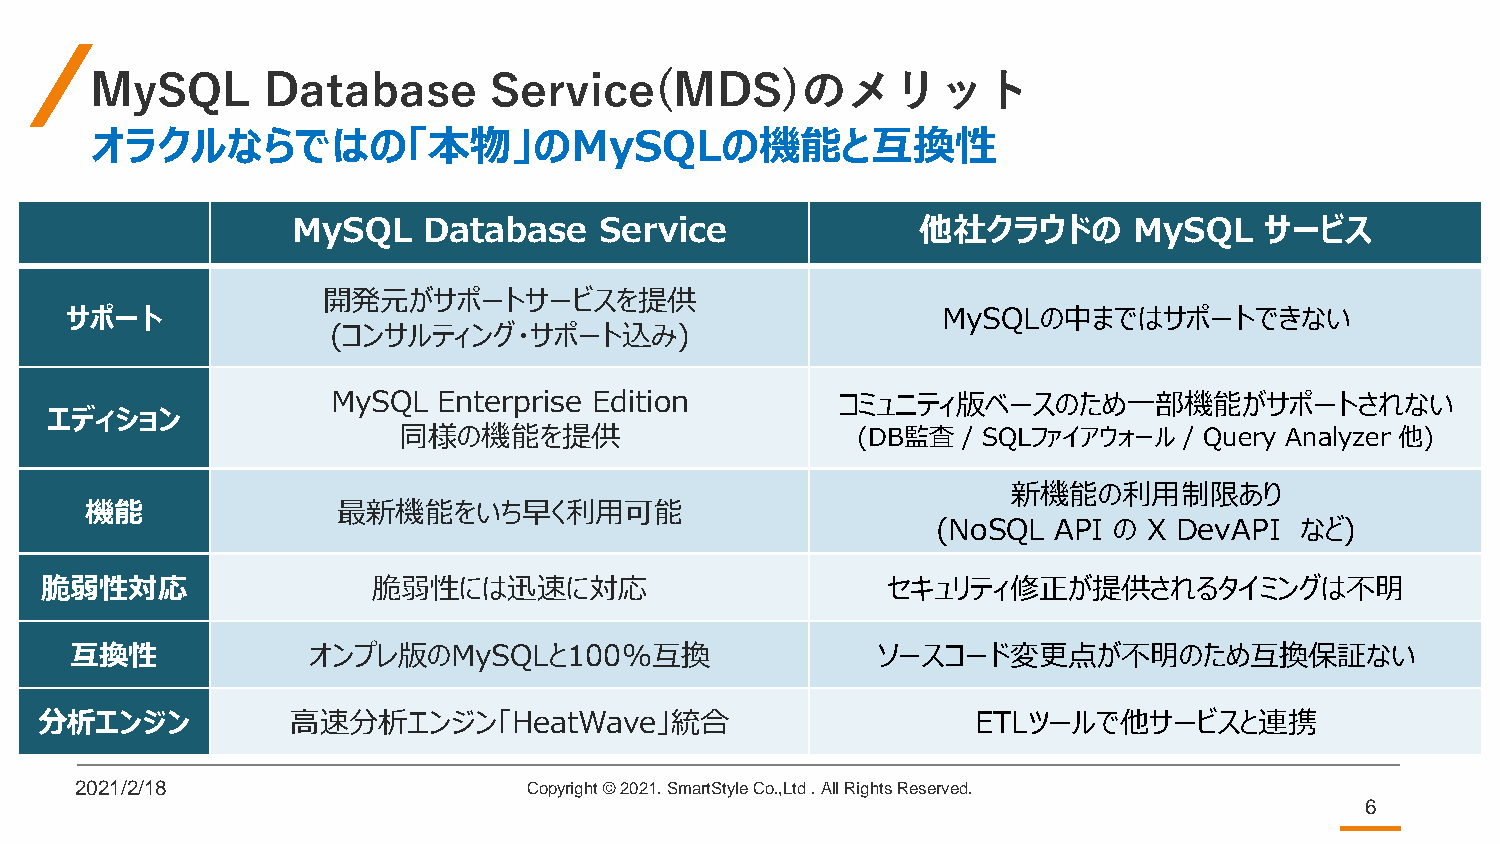
MySQL       Database      Service(MDS)のメリット
 オラクルならではの「本物」のMySQLの機能と互換性
 MySQL    Database    Service              他社クラウドの       MySQL    サービス
 開発元がサポートサービスを提供
 サポート                                                      MySQLの中まではサポートできない
 (コンサルティング・サポート込み)
 MySQL  Enterprise Edition         コミュニティ版ベースのため一部機能がサポートされない
 エディション
 同様の機能を提供                       (DB監査  / SQLファイアウォール / Query Analyzer 他)
 新機能の利用制限あり
 機能              最新機能をいち早く利用可能
 (NoSQL  API の X DevAPI  など)
 脆弱性対応                 脆弱性には迅速に対応                        セキュリティ修正が提供されるタイミングは不明
 互換性            オンプレ版のMySQLと100%互換                    ソースコード変更点が不明のため互換保証ない
 分析エンジン           高速分析エンジン「HeatWave」統合                          ETLツールで他サービスと連携
 2021/2/18                     Copyright © 2021. SmartStyle Co.,Ltd . All Rights Reserved.
 6